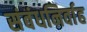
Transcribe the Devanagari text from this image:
संबंधनिर्वाह